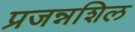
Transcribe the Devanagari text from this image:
प्रजन्नशिल